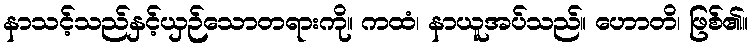
နာသင့်သည်နှင့်ယှဉ်သောတရားကို။ ကထံ၊ နာယူအပ်သည်။ ဟောတိ၊ ဖြစ်၏။